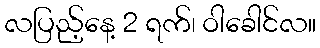
လပြည့်နေ့ 2 ရက်၊ ဝါခေါင်လ။